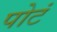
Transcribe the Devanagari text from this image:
पोटं